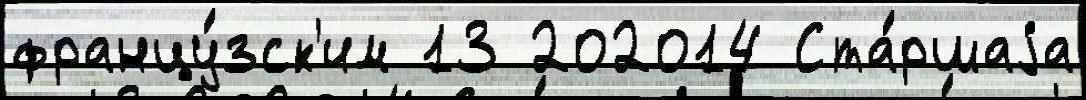
францу́зск'им 13 202014 Ста́ршаjа